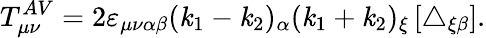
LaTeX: T_{\mu\nu}^{AV}=2\varepsilon_{\mu\nu\alpha\beta}(\mathit{k}_{1}-\mathit{k}_{2})_{\alpha}(\mathit{k}_{1}+\mathit{k}_{2})_{\xi}\left[\triangle_{\xi\beta}\right].